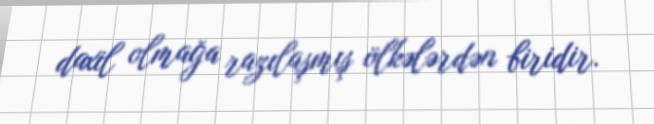
daxil olmağa razılaşmış ölkələrdən biridir.